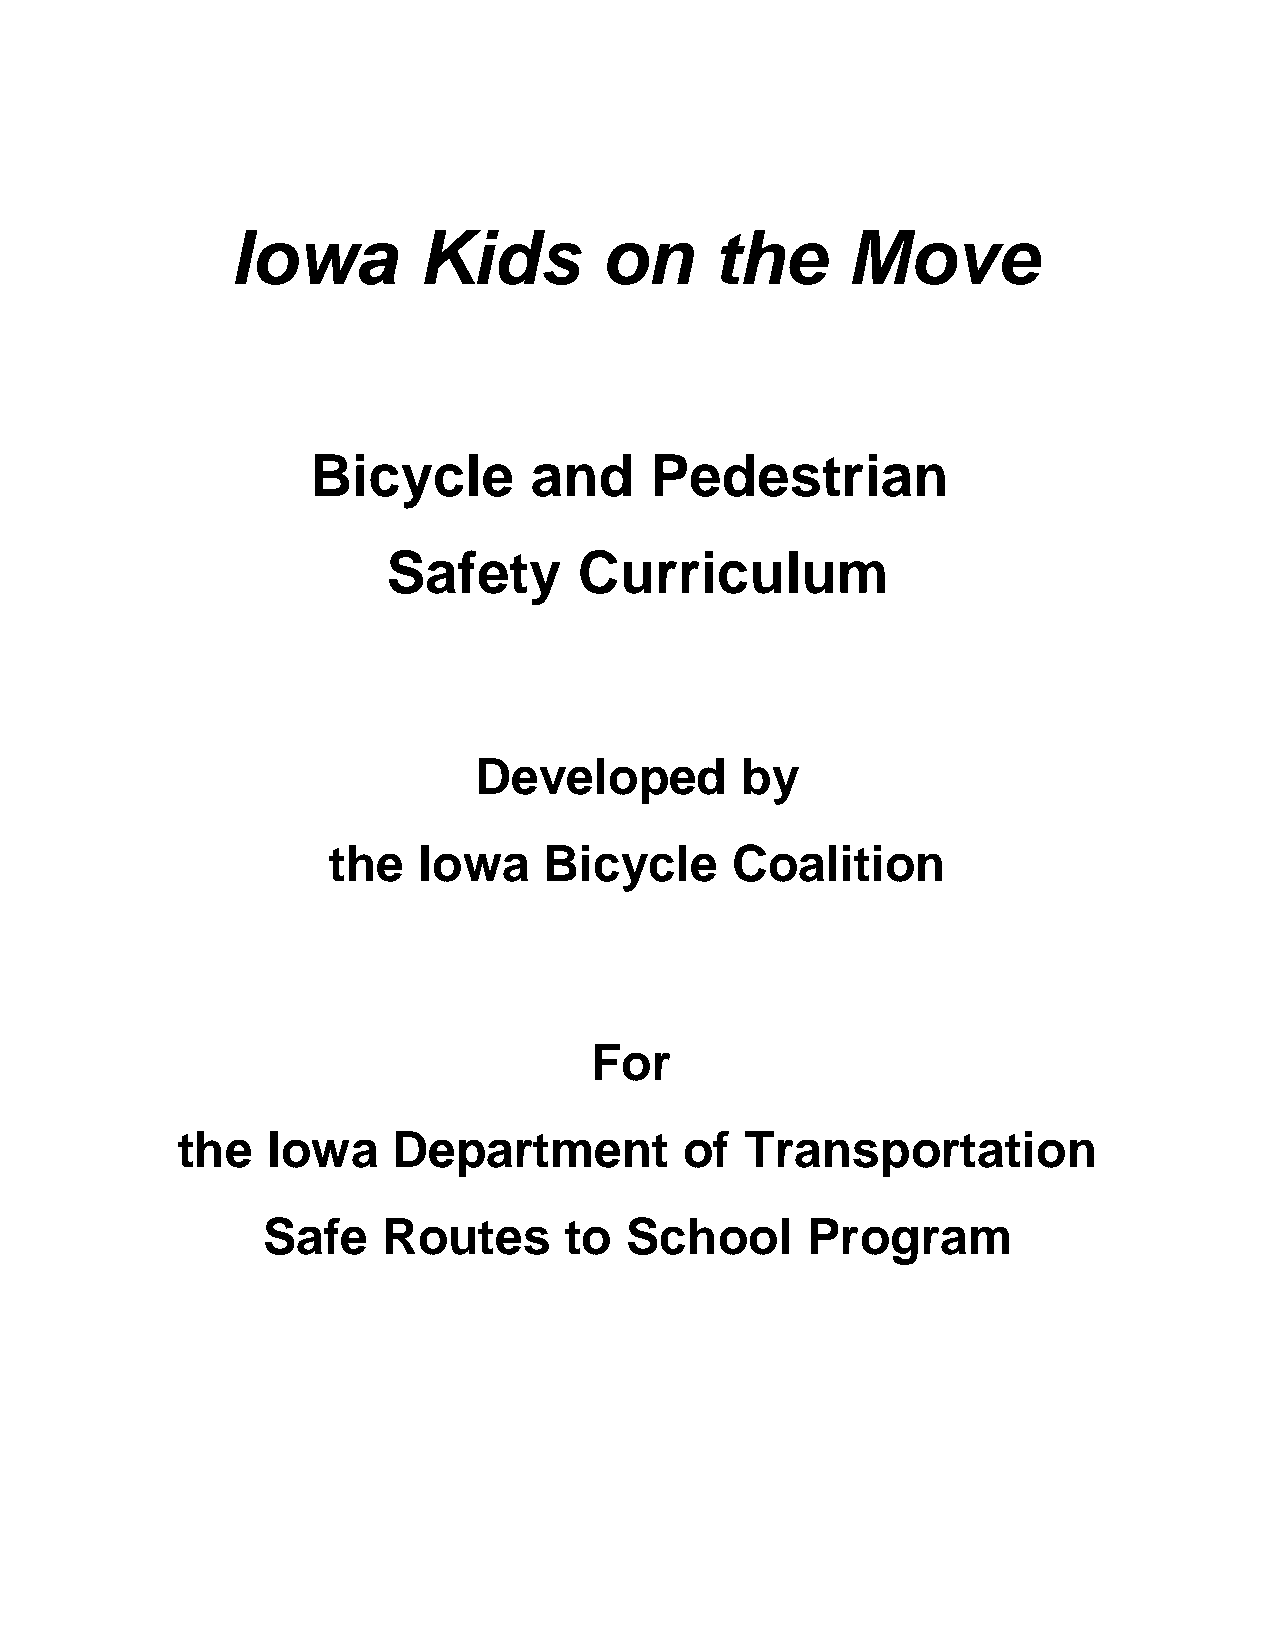
Iowa         Kids        on     the      Move
 Bicycle       and     Pedestrian
 Safety      Curriculum
 Developed         by
 the   Iowa    Bicycle     Coalition
 For
 the   Iowa    Department         of  Transportation
 Safe    Routes      to  School      Program